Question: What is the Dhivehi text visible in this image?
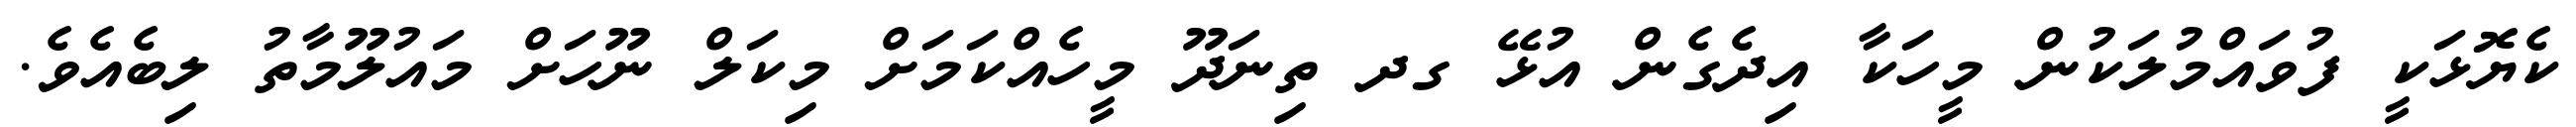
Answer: ކެޔޮޅަކީ ފުވައްމުލަކުން މީހަކާ އިދެގެން އުޅޭ ގދ ތިނަދޫ މީހެއްކަމަށް މިކަލް ނޫހަށް މައުލޫމާތު ލިބެއެވެ.